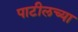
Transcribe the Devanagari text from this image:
पाटीलच्या